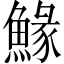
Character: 䱲